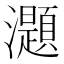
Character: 𤄭